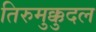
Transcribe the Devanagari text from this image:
तिरुमुक्कुदल